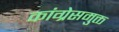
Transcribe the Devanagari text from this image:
कांग्रेसमुक्त